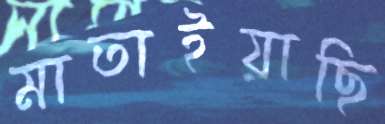
মাতাইয়াছি